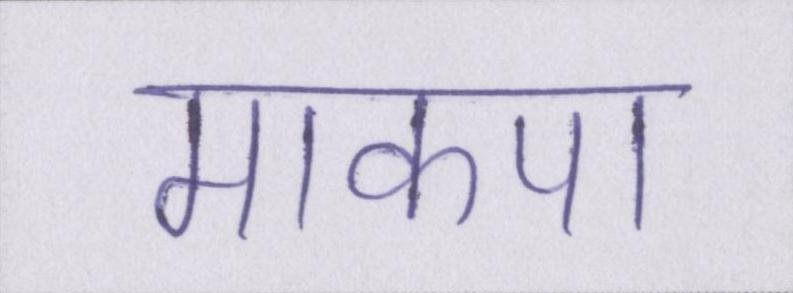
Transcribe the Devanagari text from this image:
माकपा